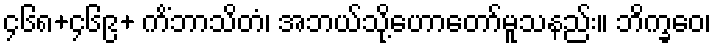
၄၆၈+၄၆၉+ ကိံဘာသိတံ၊ အဘယ်သို့ဟောတော်မူသနည်း။ ဘိက္ခဝေ၊